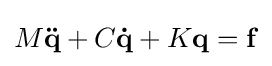
M\mathbf {\ddot {q}} +C\mathbf {\dot {q}} +K\mathbf {q} =\mathbf {f}